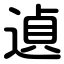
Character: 遉